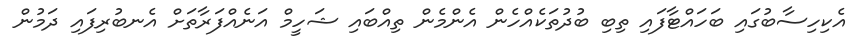
އެކިހިސާބުގައި ބަހައްޓާފައި ތިބި ބުދުތަކެއްހެން އެންމެން ތިއްބައި ޝަހީމް އަނެއްފަރާތަށް އެނބުރިފައި ދަމުން